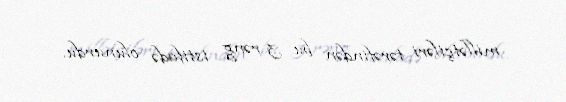
millətçiləri tərəfindən bu 3 rəng istifadə olunurdu.